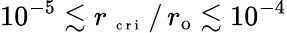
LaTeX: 10^{-5}\lesssim r_{\mathrm{~\scriptsize~c~r~i~}}\, /\, r_{\mathrm{{o}}}\lesssim 10^{-4}